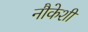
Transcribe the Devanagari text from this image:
नौकेशी